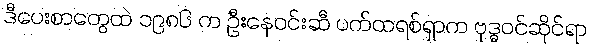
ဒီပေးစာတွေထဲ ၁၉၈၆ က ဦးနေဝင်းဆီ ပက်ထရစ်ရှာက ဗုဒ္ဓဝင်ဆိုင်ရာ